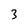
Character: 3